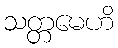
သတ္တမေဟိ